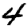
Digit: 4